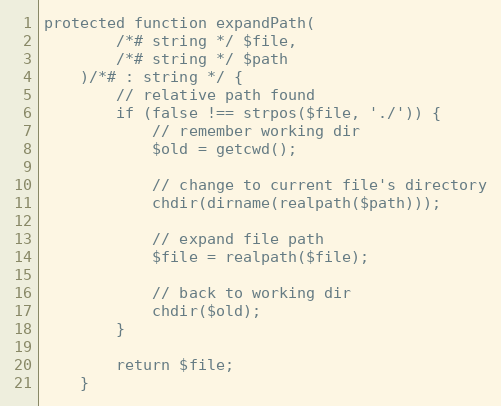
Language: PHP
protected function expandPath(
        /*# string */ $file,
        /*# string */ $path
    )/*# : string */ {
        // relative path found
        if (false !== strpos($file, './')) {
            // remember working dir
            $old = getcwd();

            // change to current file's directory
            chdir(dirname(realpath($path)));

            // expand file path
            $file = realpath($file);

            // back to working dir
            chdir($old);
        }

        return $file;
    }